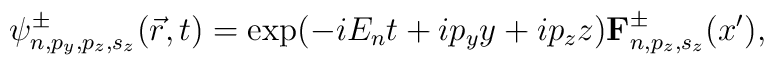
\psi^{\pm}_{n,p_y,p_z,s_z}(\vec{r},t)= \exp(-iE_n t+ip_y y+ip_zz){\bf F}^{\pm}_{n,p_z,s_z}(x'),